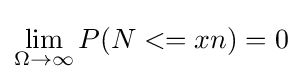
\lim _{\Omega \to \infty }P(N<=xn)=0